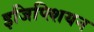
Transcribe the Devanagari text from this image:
इजिप्त्शियन